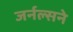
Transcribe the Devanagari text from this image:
जर्नल्सने